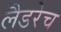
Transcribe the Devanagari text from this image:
लैडरेच